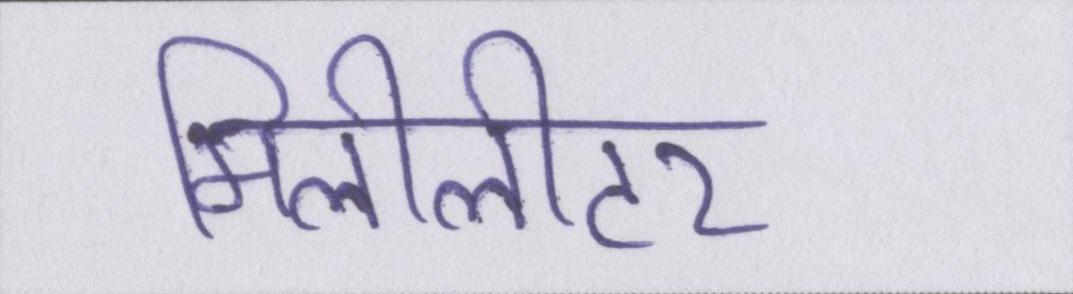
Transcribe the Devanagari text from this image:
मिलीलीटर